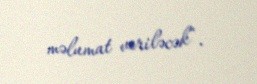
məlumat veriləcək“.